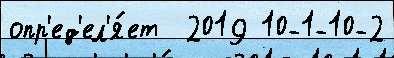
опр'ед'ел'я́ет  2019 10-1-10-2